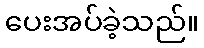
ပေးအပ်ခဲ့သည်။